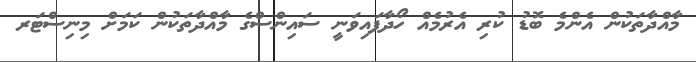
މާއްދާތަކުން އެންމެ ބޮޑު ކުރި އެރުމެއް ހޯދާފައިވަނީ ސައިންސްގެ މާއްދާތަކުން ކަމަށް މިނިސްޓަރ